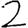
Digit: 2